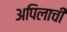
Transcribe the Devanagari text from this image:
अपिलाची